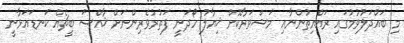
މި ބައްދަލުވުމުގައި ރައްޔިތުންނާއި މަޝްވަރާކޮށް ޚިޔާލު ހޯދަނީ ފަތުރުވެރިންނަށް ޚާއްސަ ބީޗެއް ކަނޑައަޅާނީ